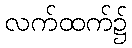
လက်ထက်၌